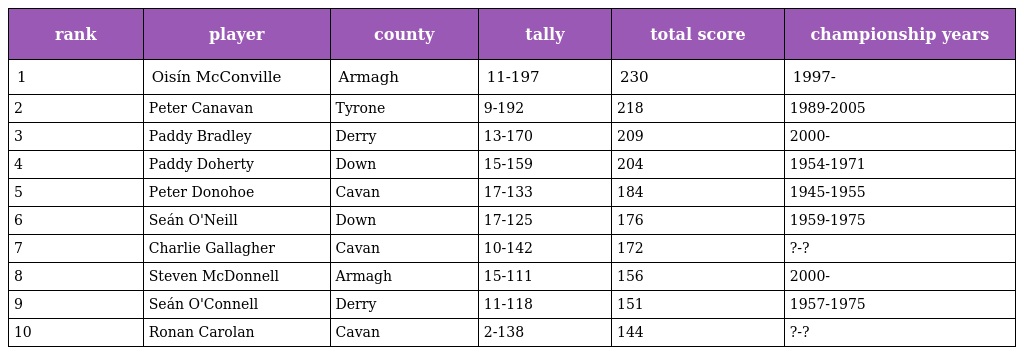
| rank | player | county | tally | total score | championship years |
 | --- | --- | --- | --- | --- | --- |
 | 1 | Oisín McConville | Armagh | 11-197 | 230 | 1997- |
 | 2 | Peter Canavan | Tyrone | 9-192 | 218 | 1989-2005 |
 | 3 | Paddy Bradley | Derry | 13-170 | 209 | 2000- |
 | 4 | Paddy Doherty | Down | 15-159 | 204 | 1954-1971 |
 | 5 | Peter Donohoe | Cavan | 17-133 | 184 | 1945-1955 |
 | 6 | Seán O'Neill | Down | 17-125 | 176 | 1959-1975 |
 | 7 | Charlie Gallagher | Cavan | 10-142 | 172 | ?-? |
 | 8 | Steven McDonnell | Armagh | 15-111 | 156 | 2000- |
 | 9 | Seán O'Connell | Derry | 11-118 | 151 | 1957-1975 |
 | 10 | Ronan Carolan | Cavan | 2-138 | 144 | ?-? |